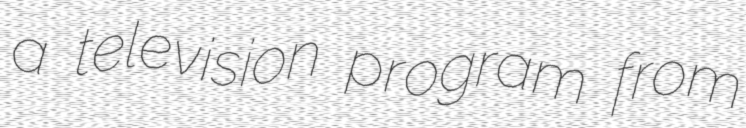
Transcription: a television program from